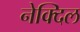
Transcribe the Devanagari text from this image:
नेक्दिल